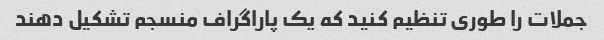
جملات را طوری تنظیم کنید که یک پاراگراف منسجم تشکیل دهند